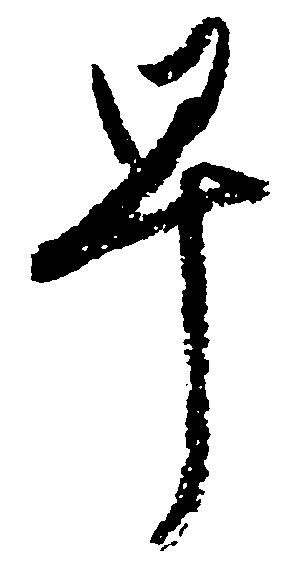
早